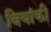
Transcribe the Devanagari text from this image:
बियांकी